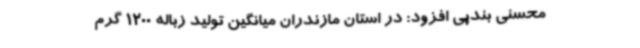
محسنی بندپی افزود: در استان مازندران میانگین تولید زباله 1200 گرم